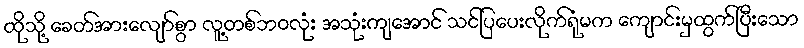
ထိုသို့ ခေတ်အားလျော်စွာ လူ့တစ်ဘဝလုံး အသုံးကျအောင် သင်ပြပေးလိုက်ရုံမက ကျောင်းမှထွက်ပြီးသော